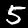
Digit: 5